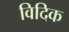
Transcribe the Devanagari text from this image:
विदिक